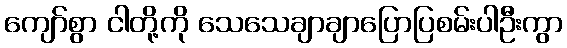
ကျော်စွာ ငါတို့ကို သေသေချာချာပြောပြစမ်းပါဦးကွာ